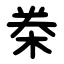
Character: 桊